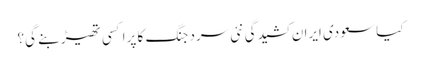
کیا سعودی ایران کشیدگی نئی سرد جنگ کا پراکسی تھیڑ بنے گی؟